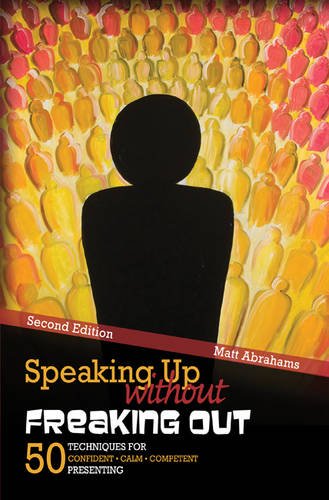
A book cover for Speaking Up without Freaking Out: 50 Techniques for Confident, Calm, and Competent Presenting; ABRAHAMS  MATTHEW; Reference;